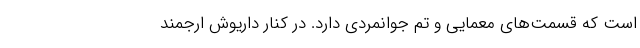
است که قسمت‌های معمایی و تِم جوانمردی دارد. در کنار داریوش ارجمند